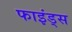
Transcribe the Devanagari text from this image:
फाइंड्स